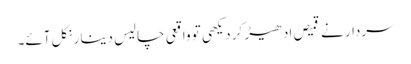
سردار نے قمیص ادھیڑ کر دیکھی تو واقعی چالیس دینا ر نکل آئے۔